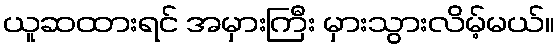
ယူဆထားရင် အမှားကြီး မှားသွားလိမ့်မယ်။